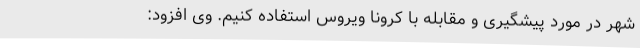
شهر در مورد پیشگیری و مقابله با کرونا ویروس استفاده کنیم. وی افزود: